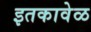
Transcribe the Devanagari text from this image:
इतकावेळ